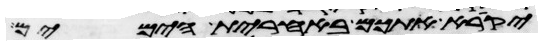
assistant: יקרא אתכם באחרית הימים